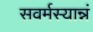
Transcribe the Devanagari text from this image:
सवर्मस्यान्नं